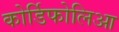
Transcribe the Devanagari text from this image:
कोर्डिफोलिआ